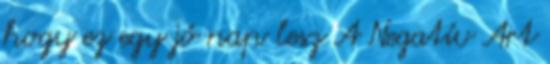
hogy ez egy jó nap lesz A Negatív Art